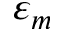
\varepsilon _ { m }